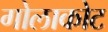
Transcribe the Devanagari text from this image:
गोलाकोट